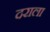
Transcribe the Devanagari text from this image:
दराला